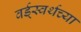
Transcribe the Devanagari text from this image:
वर्ड्‌स्वर्थच्या